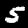
Label: 5